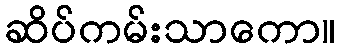
ဆိပ်ကမ်းသာကော။